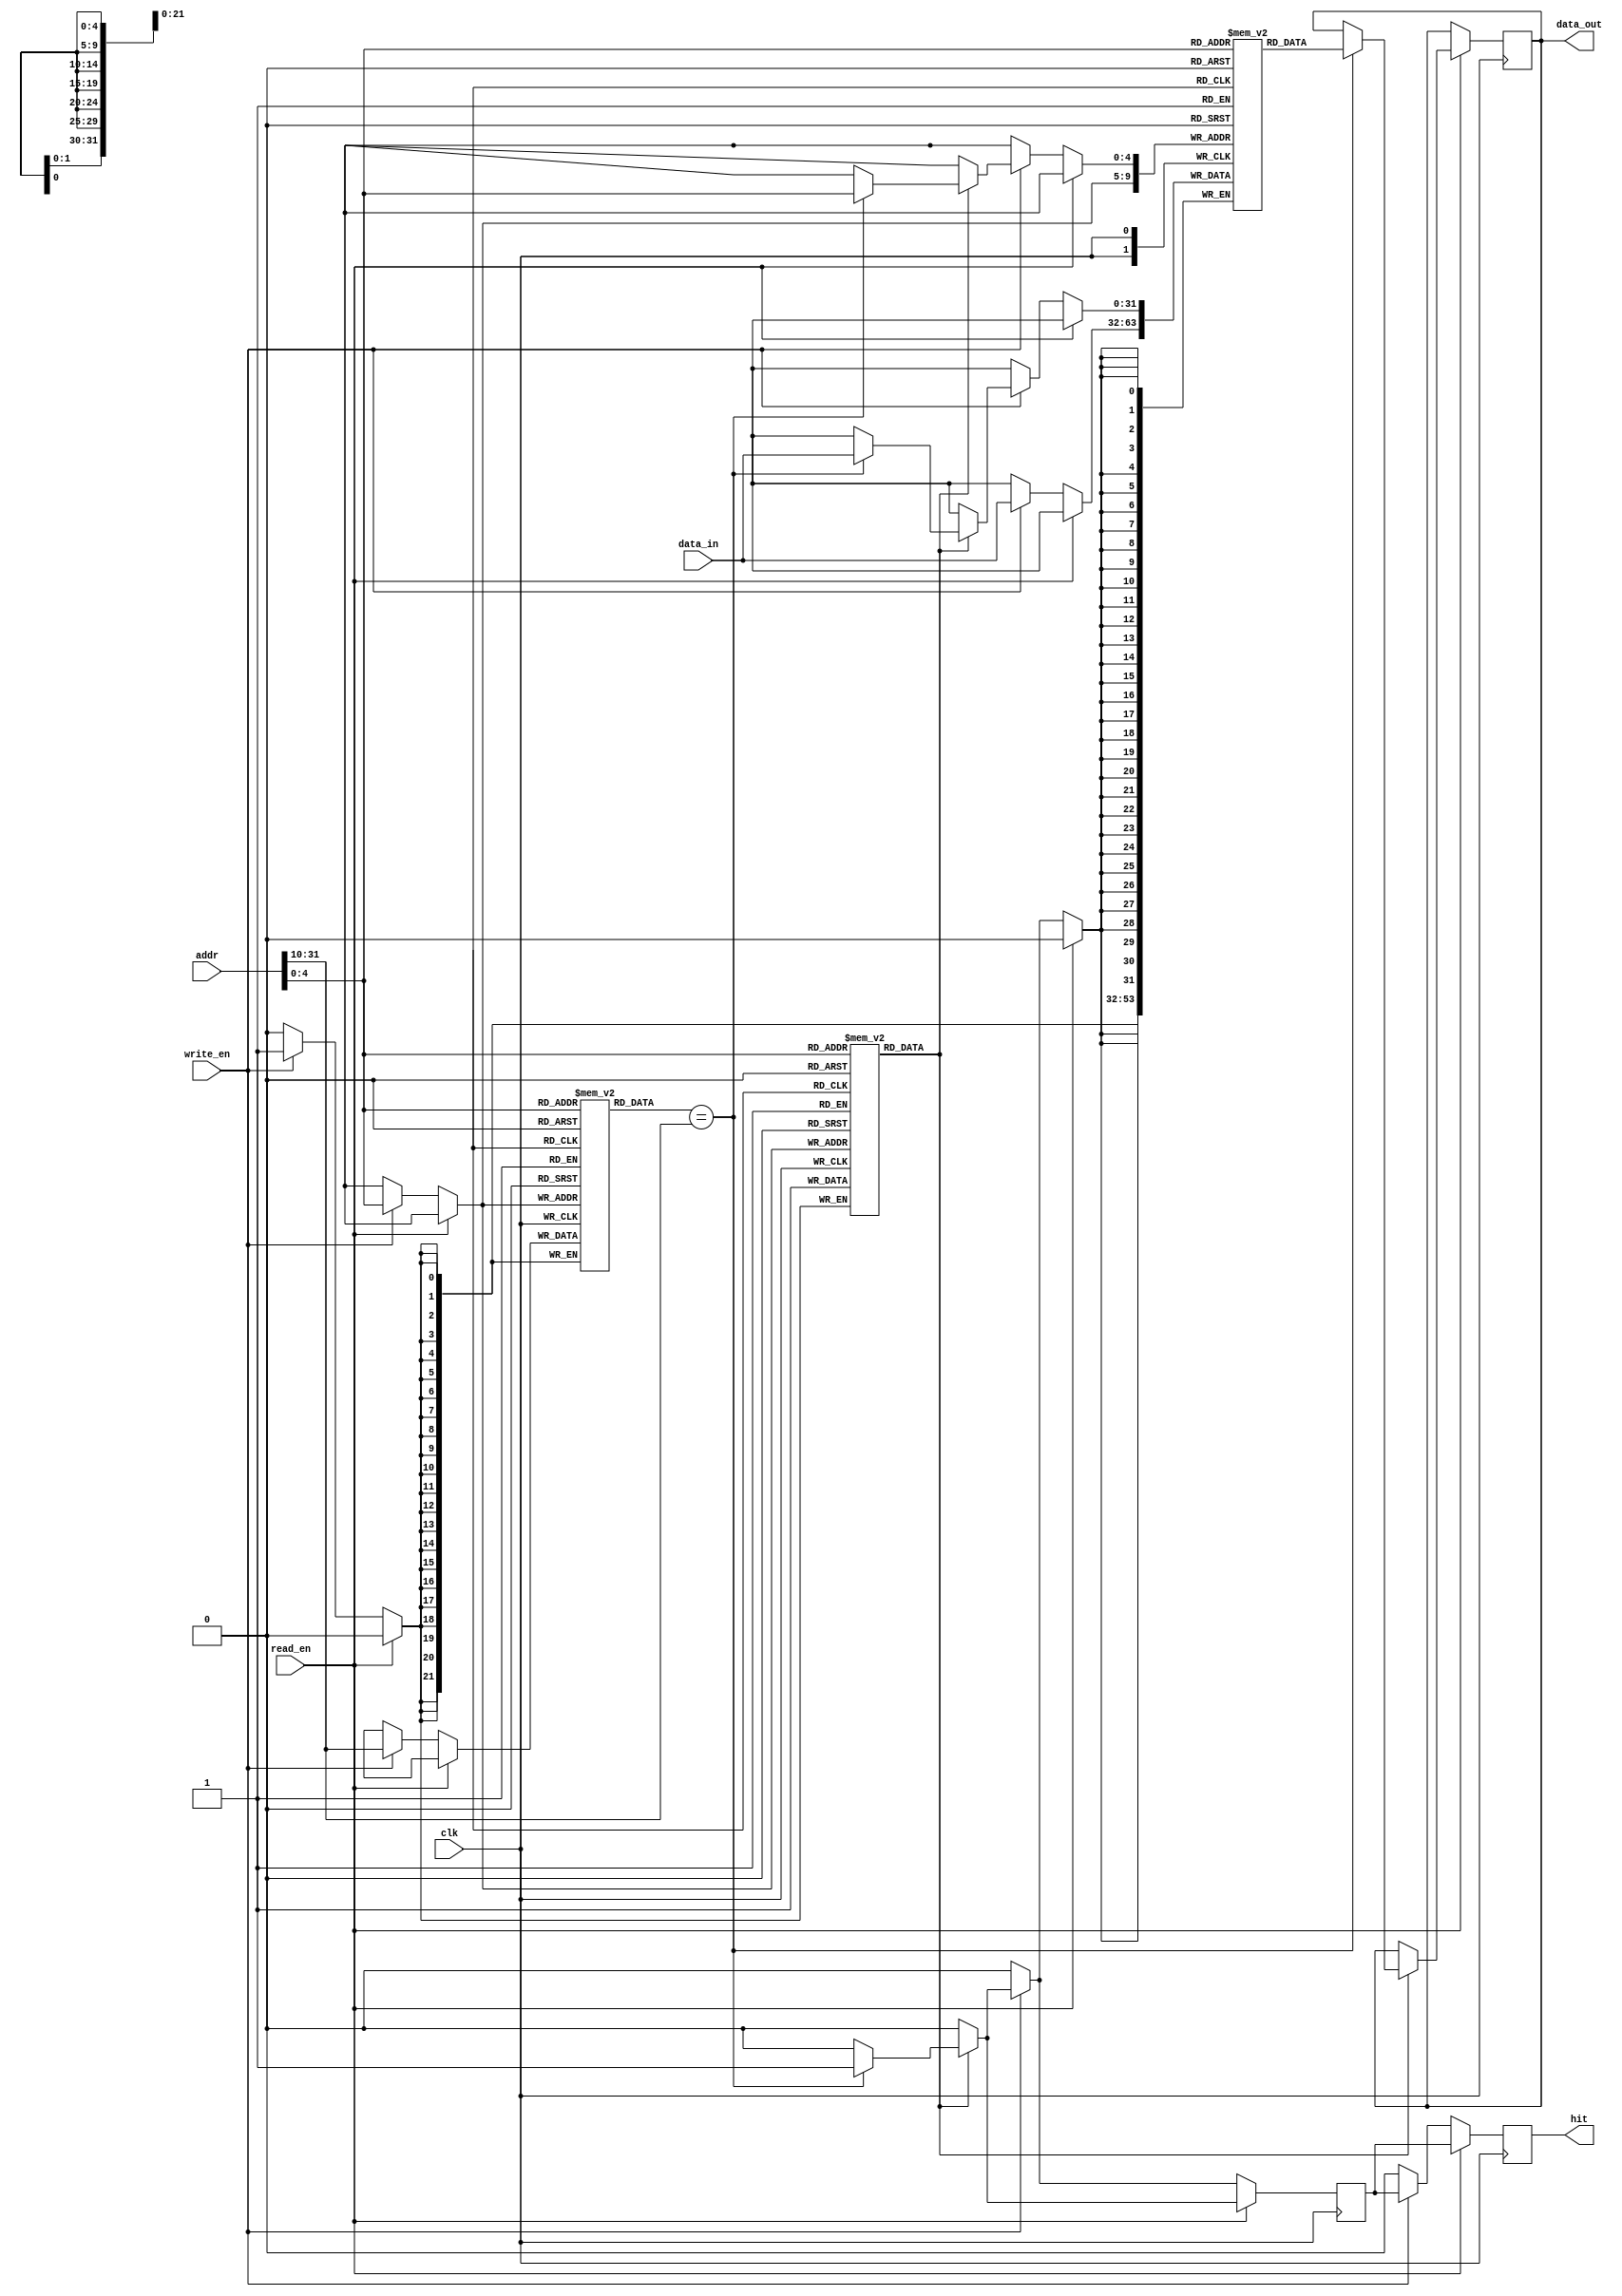
module DirectMappedCache #(
    parameter CACHE_SIZE = 1024, // Total cache size in bytes
    parameter BLOCK_SIZE = 32,     // Block size in bytes
    parameter NUM_LINES = CACHE_SIZE / BLOCK_SIZE, // Number of cache lines
    parameter ADDR_WIDTH = 32,     // Width of the address bus
    parameter BLOCK_OFFSET_WIDTH = $clog2(BLOCK_SIZE),
    parameter INDEX_WIDTH = $clog2(NUM_LINES),
    parameter TAG_WIDTH = ADDR_WIDTH - INDEX_WIDTH - BLOCK_OFFSET_WIDTH
)(
    input wire [ADDR_WIDTH-1:0] addr,        // Memory address
    input wire [BLOCK_SIZE-1:0] data_in,     // Data input for write operations
    input wire read_en,                       // Read enable signal
    input wire write_en,                      // Write enable signal
    input wire clk,                           // Clock signal
    output reg [BLOCK_SIZE-1:0] data_out,    // Data output for read operations
    output reg hit                           // Hit signal
);

    // Cache structure
    reg [TAG_WIDTH-1:0] tags[NUM_LINES-1:0];     // Tag storage
    reg [BLOCK_SIZE-1:0] cache[NUM_LINES-1:0];    // Data storage
    reg valid[NUM_LINES-1:0];                      // Valid bits

    // Address decoding
    wire [TAG_WIDTH-1:0] tag = addr[ADDR_WIDTH-1:ADDR_WIDTH-TAG_WIDTH];
    wire [INDEX_WIDTH-1:0] index = addr[INDEX_WIDTH-1:0];
    
    // Internal hit signal
    reg hit_internal;

    always @(posedge clk) begin
        // Default values
        hit <= 1'b0;
        hit_internal <= 1'b0;

        if (read_en) begin
            // Read operation
            if (valid[index]) begin
                // Check tag for hit
                if (tags[index] == tag) begin
                    hit_internal <= 1'b1; // Cache hit
                    data_out <= cache[index]; // Output data
                end
            end
            hit <= hit_internal;
        end else if (write_en) begin
            // Write operation
            if (valid[index]) begin
                // Cache hit during write
                if (tags[index] == tag) begin
                    cache[index] <= data_in; // Write data to cache
                    hit_internal <= 1'b1; // Register as hit
                end
            end
            
            // Update cache line on miss
            tags[index] <= tag;     // Update tag
            cache[index] <= data_in; // Update data
            valid[index] <= 1'b1;    // Mark line as valid
            hit <= hit_internal;
        end
    end

endmodule